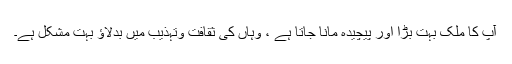
آپ کا ملک بہت بڑا اور پیچیده مانا جاتا ہے ، وہاں کى ثقافت وتہذیب میں بدلاؤ بہت مشکل ہے۔